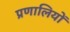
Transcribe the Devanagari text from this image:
प्रणालियों